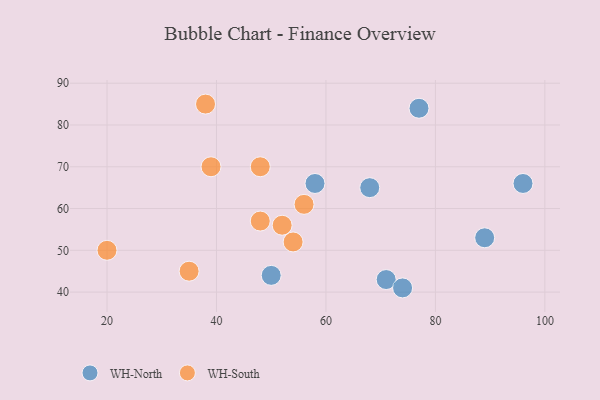
{"axis": {"x": "GDP", "y": "Life Expectancy"}, "legend": ["WH-North", "WH-South"], "data": [{"x": "96", "y": 66, "type": "WH-North"}, {"x": "71", "y": 43, "type": "WH-North"}, {"x": "68", "y": 65, "type": "WH-North"}, {"x": "89", "y": 53, "type": "WH-North"}, {"x": "74", "y": 41, "type": "WH-North"}, {"x": "50", "y": 44, "type": "WH-North"}, {"x": "58", "y": 66, "type": "WH-North"}, {"x": "77", "y": 84, "type": "WH-North"}, {"x": "39", "y": 70, "type": "WH-South"}, {"x": "52", "y": 56, "type": "WH-South"}, {"x": "35", "y": 45, "type": "WH-South"}, {"x": "20", "y": 50, "type": "WH-South"}, {"x": "54", "y": 52, "type": "WH-South"}, {"x": "48", "y": 57, "type": "WH-South"}, {"x": "38", "y": 85, "type": "WH-South"}, {"x": "56", "y": 61, "type": "WH-South"}, {"x": "48", "y": 70, "type": "WH-South"}]}